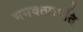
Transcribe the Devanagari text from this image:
भगवत्प्रापति